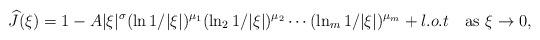
LaTeX: \begin{align*}\widehat{J}(\xi)=1-A|\xi|^\sigma(\ln1/|\xi|)^{\mu_1}(\ln_21/|\xi|)^{\mu_2}\cdots(\ln_m1/|\xi|)^{\mu_m}+l.o.t\quad\mbox{as $\xi\to0$},\end{align*}